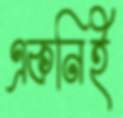
একনিই